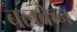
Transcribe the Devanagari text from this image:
बलकेन